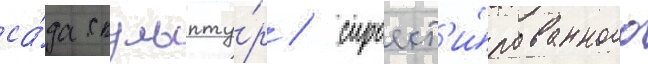
са́да скульпту́р / спроект'и́рованного